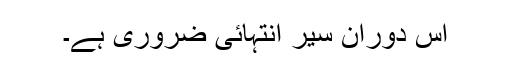
اس دوران سیر انتہائی ضروری ہے۔